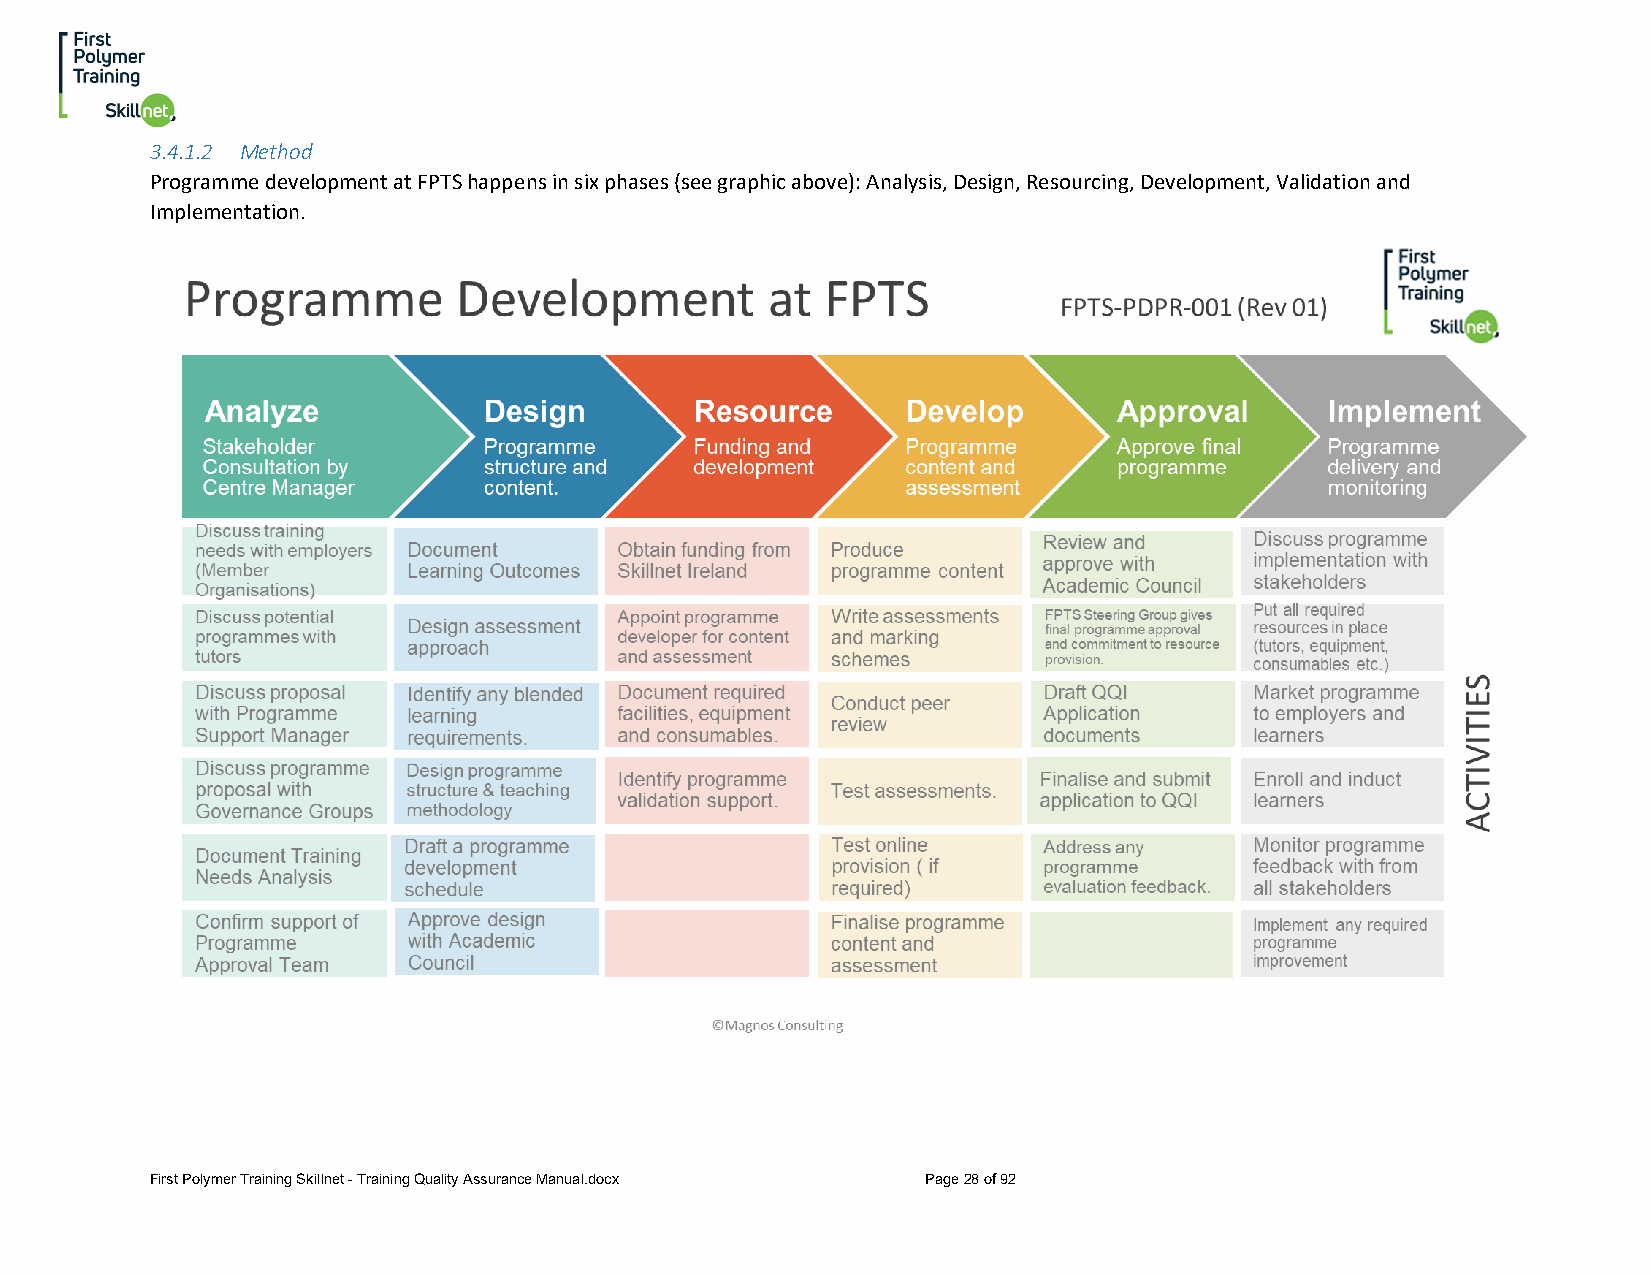
3.4.1.2 Method
 Programme development at FPTS happens in six phases (see graphic above): Analysis, Design, Resourcing, Development, Validation and
 Implementation.
 First Polymer Training Skillnet - Training Quality Assurance Manual.docx Page 28 of 92